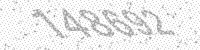
Solution: 148692